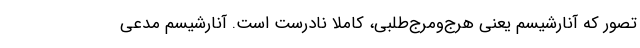
تصور که آنارشیسم یعنی هرج‌ومرج‌طلبی، کاملا نادرست است. آنارشیسم مدعی